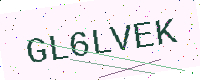
Text: GL6LVEK